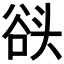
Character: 𰋬